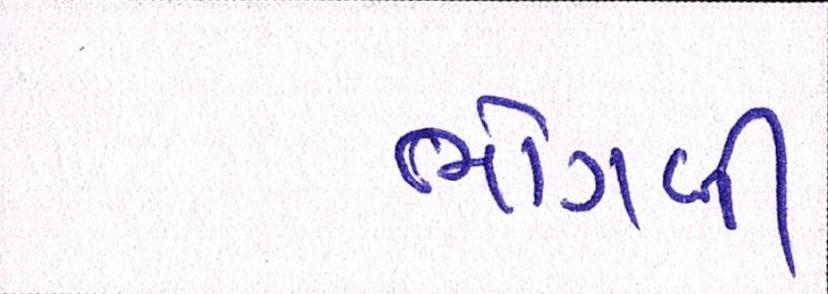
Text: ભોગવી